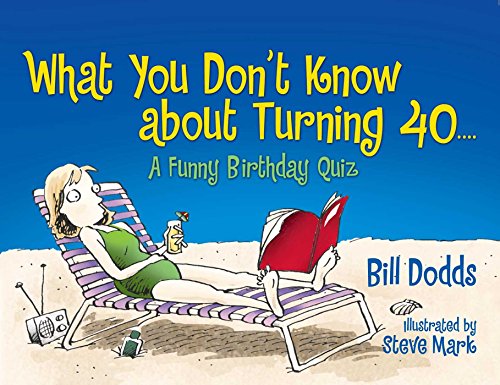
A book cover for What You Don't Know About Turning 40; Bill Dodds; Parenting & Relationships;